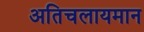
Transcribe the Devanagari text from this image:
अतिचलायमान